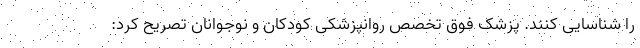
را شناسایی کنند. پزشک فوق تخصص روانپزشکی کودکان و نوجوانان تصریح کرد: